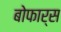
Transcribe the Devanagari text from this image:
बोफार्स